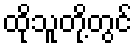
ထိုသူတို့တွင်